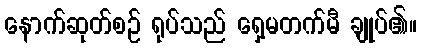
နောက်ဆုတ်စဉ် ရုပ်သည် ရှေ့မတက်မီ ချုပ်၏။